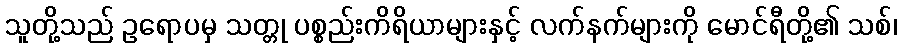
သူတို့သည် ဥရောပမှ သတ္တု ပစ္စည်းကိရိယာများနှင့် လက်နက်များကို မောင်ရီတို့၏ သစ်၊